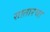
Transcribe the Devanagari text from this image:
सातारचा